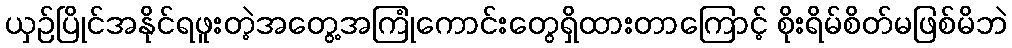
ယှဉ်ပြိုင်အနိုင်ရဖူးတဲ့အတွေ့အကြုံကောင်းတွေရှိထားတာကြောင့် စိုးရိမ်စိတ်မဖြစ်မိဘဲ